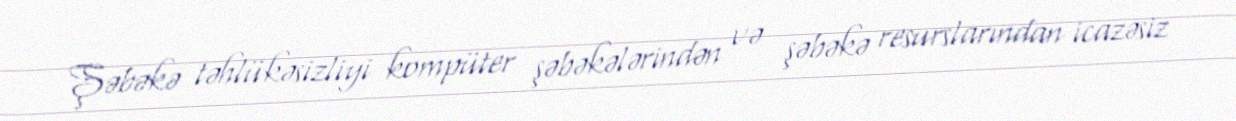
Şəbəkə təhlükəsizliyi kompüter şəbəkələrindən və şəbəkə resurslarından icazəsiz